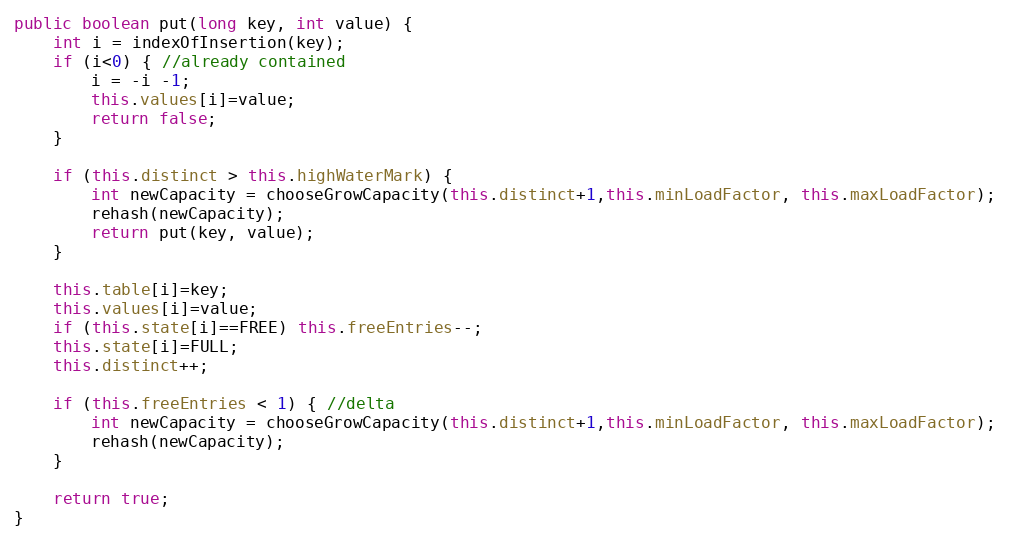
Language: Java
public boolean put(long key, int value) {
	int i = indexOfInsertion(key);
	if (i<0) { //already contained
		i = -i -1;
		this.values[i]=value;
		return false;
	}

	if (this.distinct > this.highWaterMark) {
		int newCapacity = chooseGrowCapacity(this.distinct+1,this.minLoadFactor, this.maxLoadFactor);
		rehash(newCapacity);
		return put(key, value);
	}

	this.table[i]=key;
	this.values[i]=value;
	if (this.state[i]==FREE) this.freeEntries--;
	this.state[i]=FULL;
	this.distinct++;

	if (this.freeEntries < 1) { //delta
		int newCapacity = chooseGrowCapacity(this.distinct+1,this.minLoadFactor, this.maxLoadFactor);
		rehash(newCapacity);
	}

	return true;
}